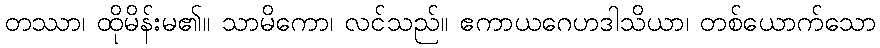
တဿာ၊ ထိုမိန်းမ၏။ သာမိကော၊ လင်သည်။ ဧကာယဂေဟဒါသိယာ၊ တစ်ယောက်သော